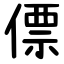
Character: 僄